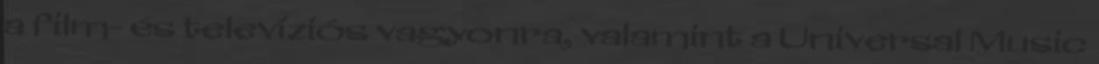
a film- és televíziós vagyonra, valamint a Universal Music